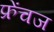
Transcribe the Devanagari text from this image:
फ्रेंचज